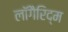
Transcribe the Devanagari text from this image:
लॉगैरिद्म